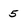
Character: 5